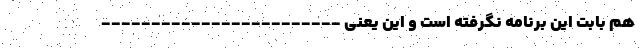
هم بابت این برنامه نگرفته است و این یعنی ------------------------